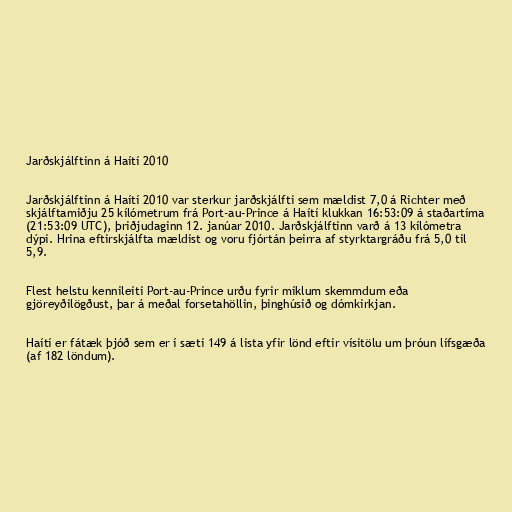
Jarðskjálftinn á Haítí 2010

Jarðskjálftinn á Haítí 2010 var sterkur jarðskjálfti sem mældist 7,0 á Richter með
skjálftamiðju 25 kílómetrum frá Port-au-Prince á Haítí klukkan 16:53:09 á staðartíma
(21:53:09 UTC), þriðjudaginn 12. janúar 2010. Jarðskjálftinn varð á 13 kílómetra
dýpi. Hrina eftirskjálfta mældist og voru fjórtán þeirra af styrktargráðu frá 5,0 til
5,9.

Flest helstu kennileiti Port-au-Prince urðu fyrir miklum skemmdum eða
gjöreyðilögðust, þar á meðal forsetahöllin, þinghúsið og dómkirkjan.

Haítí er fátæk þjóð sem er í sæti 149 á lista yfir lönd eftir vísitölu um þróun lífsgæða
(af 182 löndum).